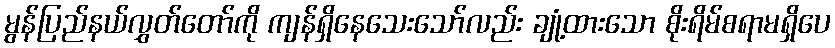
မွန်ပြည်နယ်လွှတ်တော်ကို ကျန်ရှိနေသေးသော်လည်း ချုံ့ထားသော စိုးရိမ်စရာမရှိပေ